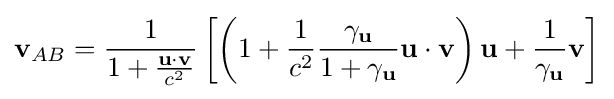
\mathbf {v} _{AB}={\frac {1}{1+{\frac {\mathbf {u} \cdot \mathbf {v} }{c^{2}}}}}\left[\left(1+{\frac {1}{c^{2}}}{\frac {\gamma _{\mathbf {u} }}{1+\gamma _{\mathbf {u} }}}\mathbf {u} \cdot \mathbf {v} \right)\mathbf {u} +{\frac {1}{\gamma _{\mathbf {u} }}}\mathbf {v} \right]